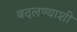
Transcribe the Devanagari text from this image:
बदलण्याशी